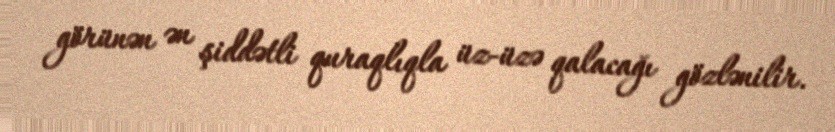
görünən ən şiddətli quraqlıqla üz-üzə qalacağı gözlənilir.